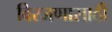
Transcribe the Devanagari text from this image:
विरजणासाठी